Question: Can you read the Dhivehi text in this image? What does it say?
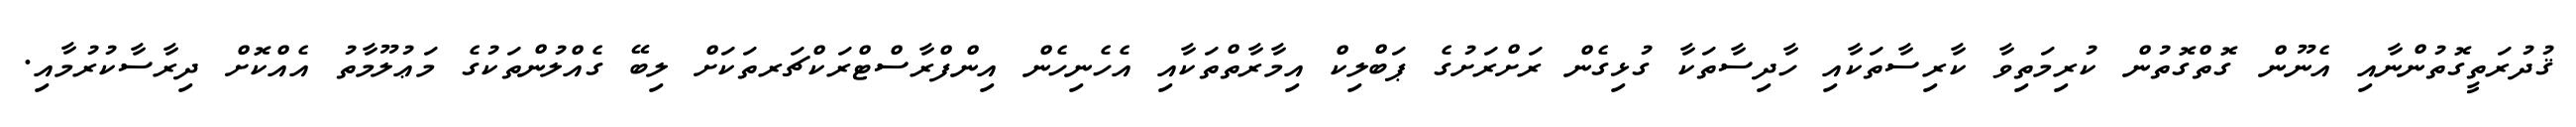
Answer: ޤުދުރަތީގޮތުންނާއި އެނޫން ގޮތްގޮތުން ކުރިމަތިވާ ކާރިސާތަކާއި ހާދިސާތަކާ ގުޅިގެން ރަށްރަށުގެ ޕަބްލިކް އިމާރާތްތަކާއި އެހެނިހެން އިންފްރާސްޓްރަކްޗަރތަކަށް ލިބޭ ގެއްލުންތަކުގެ މަޢުލޫމާތު އެއްކޮށް ދިރާސާކުރުމާއި.